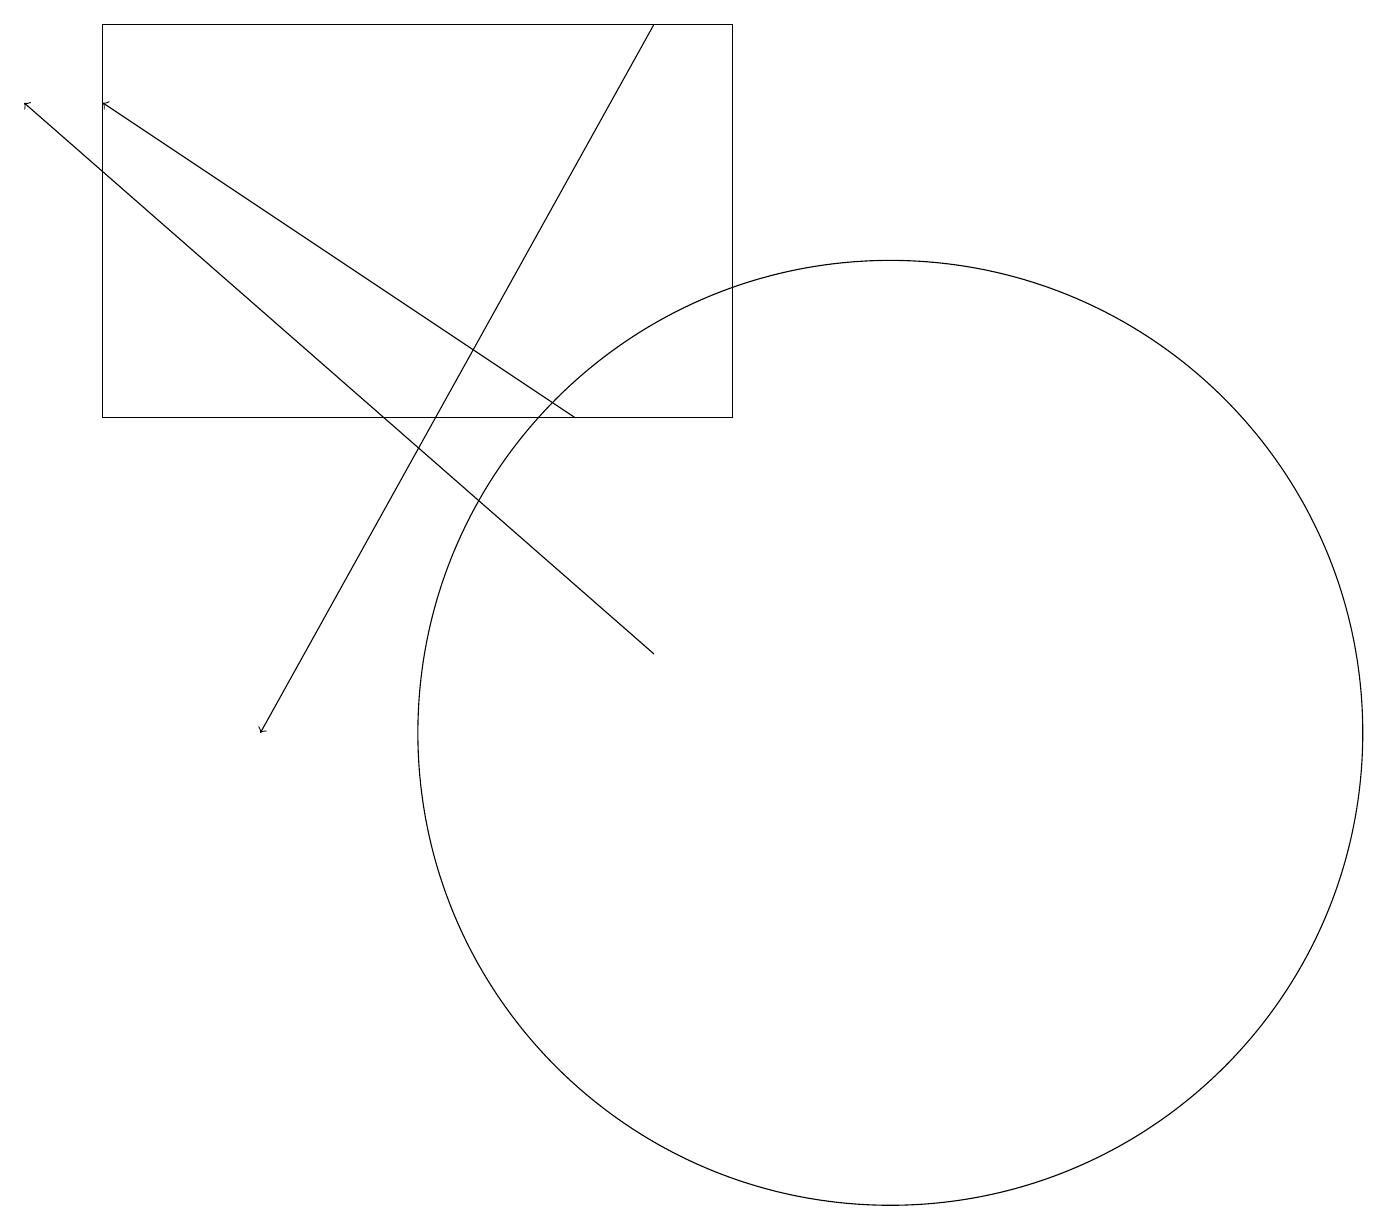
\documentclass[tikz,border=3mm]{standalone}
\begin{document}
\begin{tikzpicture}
\draw[->] (8,19) -- (3,10);
\draw[->] (7,14) -- (1,18);
\draw (11,10) circle (6);
\draw[->] (8,11) -- (0,18);
\draw (9,14) rectangle (1,19);
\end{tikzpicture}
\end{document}